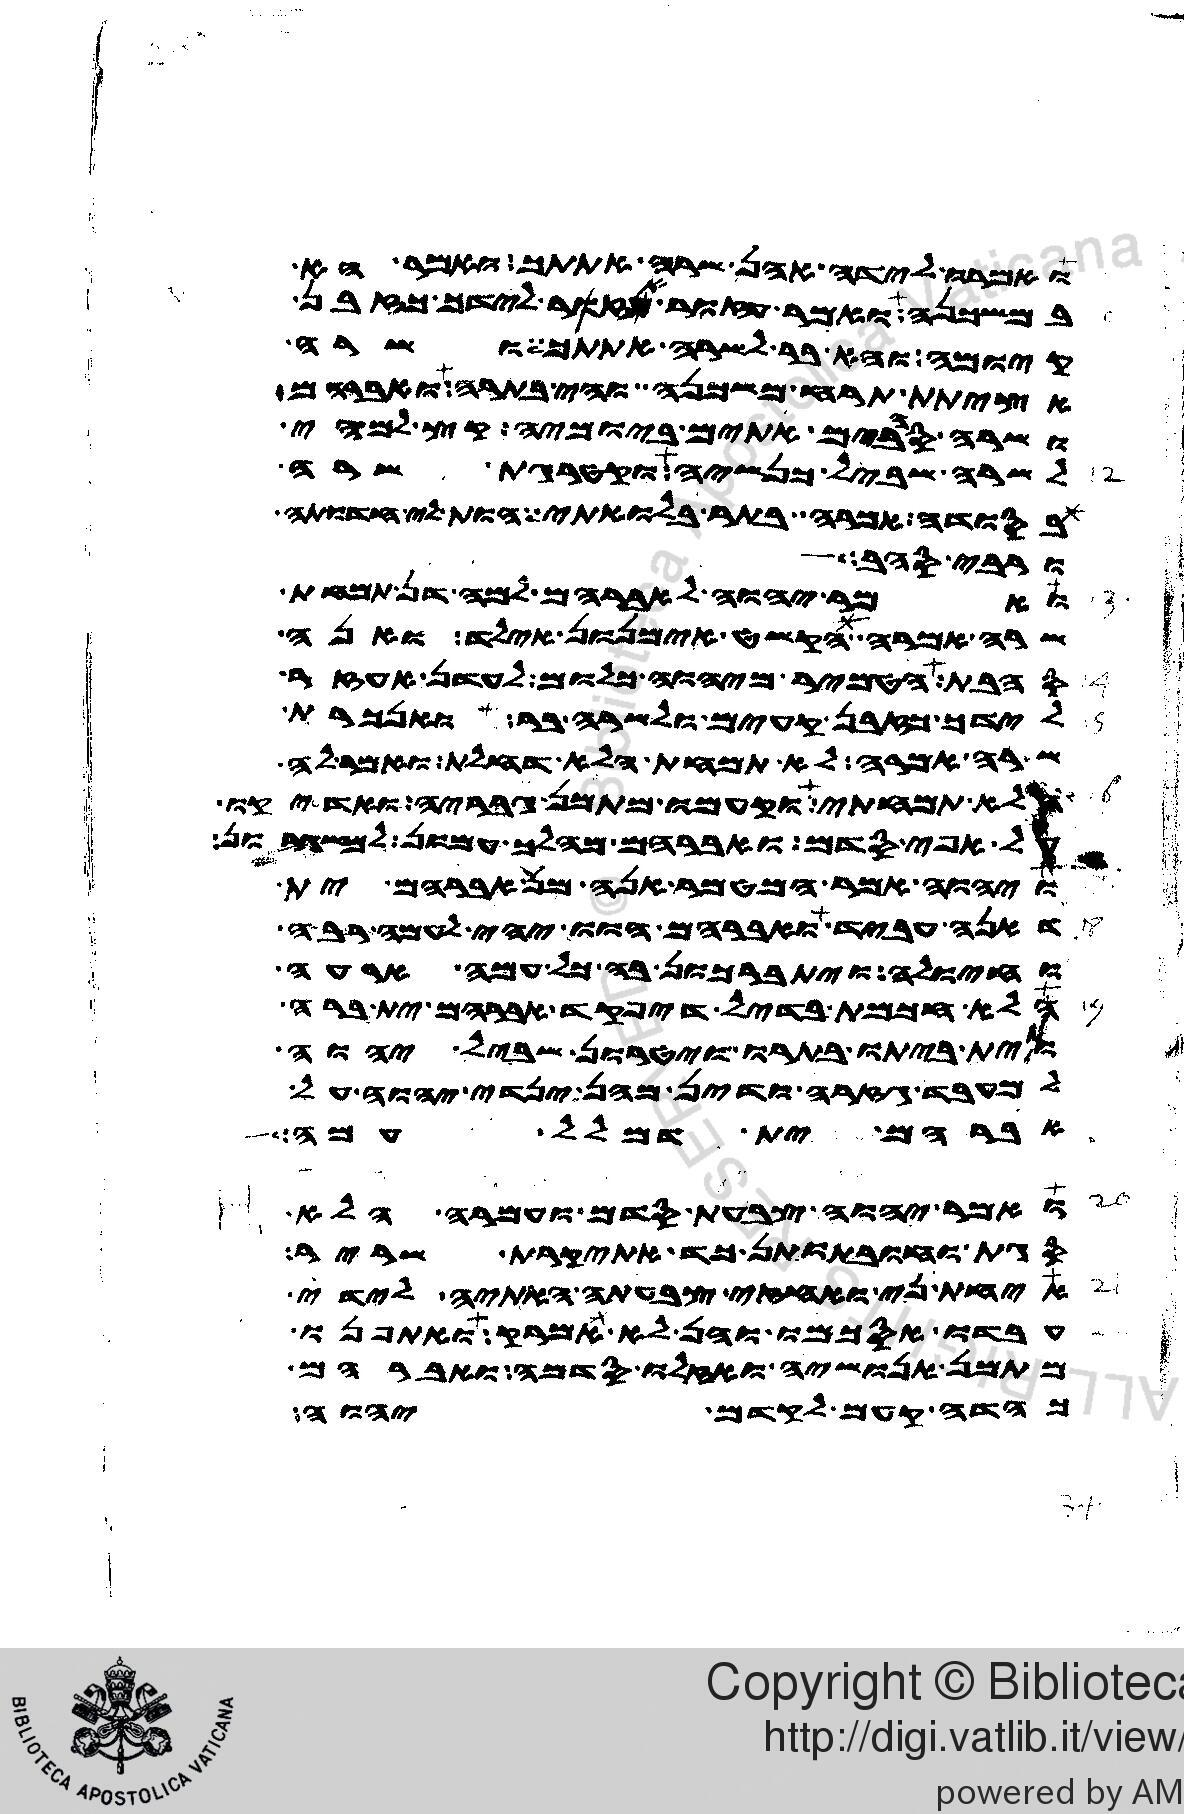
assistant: ואמרו לידה אהן שרה אתתך ואמר הא
במשכנה ואמר עזור אעזר לידך כזבן
קיומה והא בר לשרה אתתך ושרה
אציתת תרח משכנה והי בתרה ואברהם
ושרה סהבים אתים ביומיה קץ למהי
לשרה שביל כנשיה וקטרגת שרה
בסודה למימר בתר בלואתי הות לי חדותה
ורבי סהב
ואמר יהוה לאברהם למה דן תמחת
שרה אמרה הקשט אימנון אילד ואנה
סהבת הטמיר מיהוה כלום לעדן אעזר
לידך כזבן קעים ולשרה בר ואנכרת
שרה אמרה לא תמחת הלא דחלת ואמר לה
הלא תמחתי וקעמו מתמן גבריה ואדיקו
על אפי סדם ואברהם מהלך עמון למשגרון
ויהוה אמר המטמר אנה מן אברהם ית
דאנה עביד ואברהם הוו יהי לעמה רבה
וחיולה ויתברכון בה כל עמה ארעה
הלא חכמת בדיל דיפקד אברהם ית ברה
וית ביתו בתרו ויטרון שביל יהוה
למעבד גזרה ודין מהן ינדי יהוה על
אברהם ית דמלל עמה
ואמר יהוה צבעת סדם ועמרה הלא
סגת וחובתותן כד אתיקרת שריר
איחת ני ואחזי צבעתה האתיה לידי
עבדו אסכמו והן לא אמרק ואתפנו
מתמן אנושיה ואזלו סדמה ואברהם
כהדה קעם לקדם יהוה